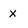
Character: x